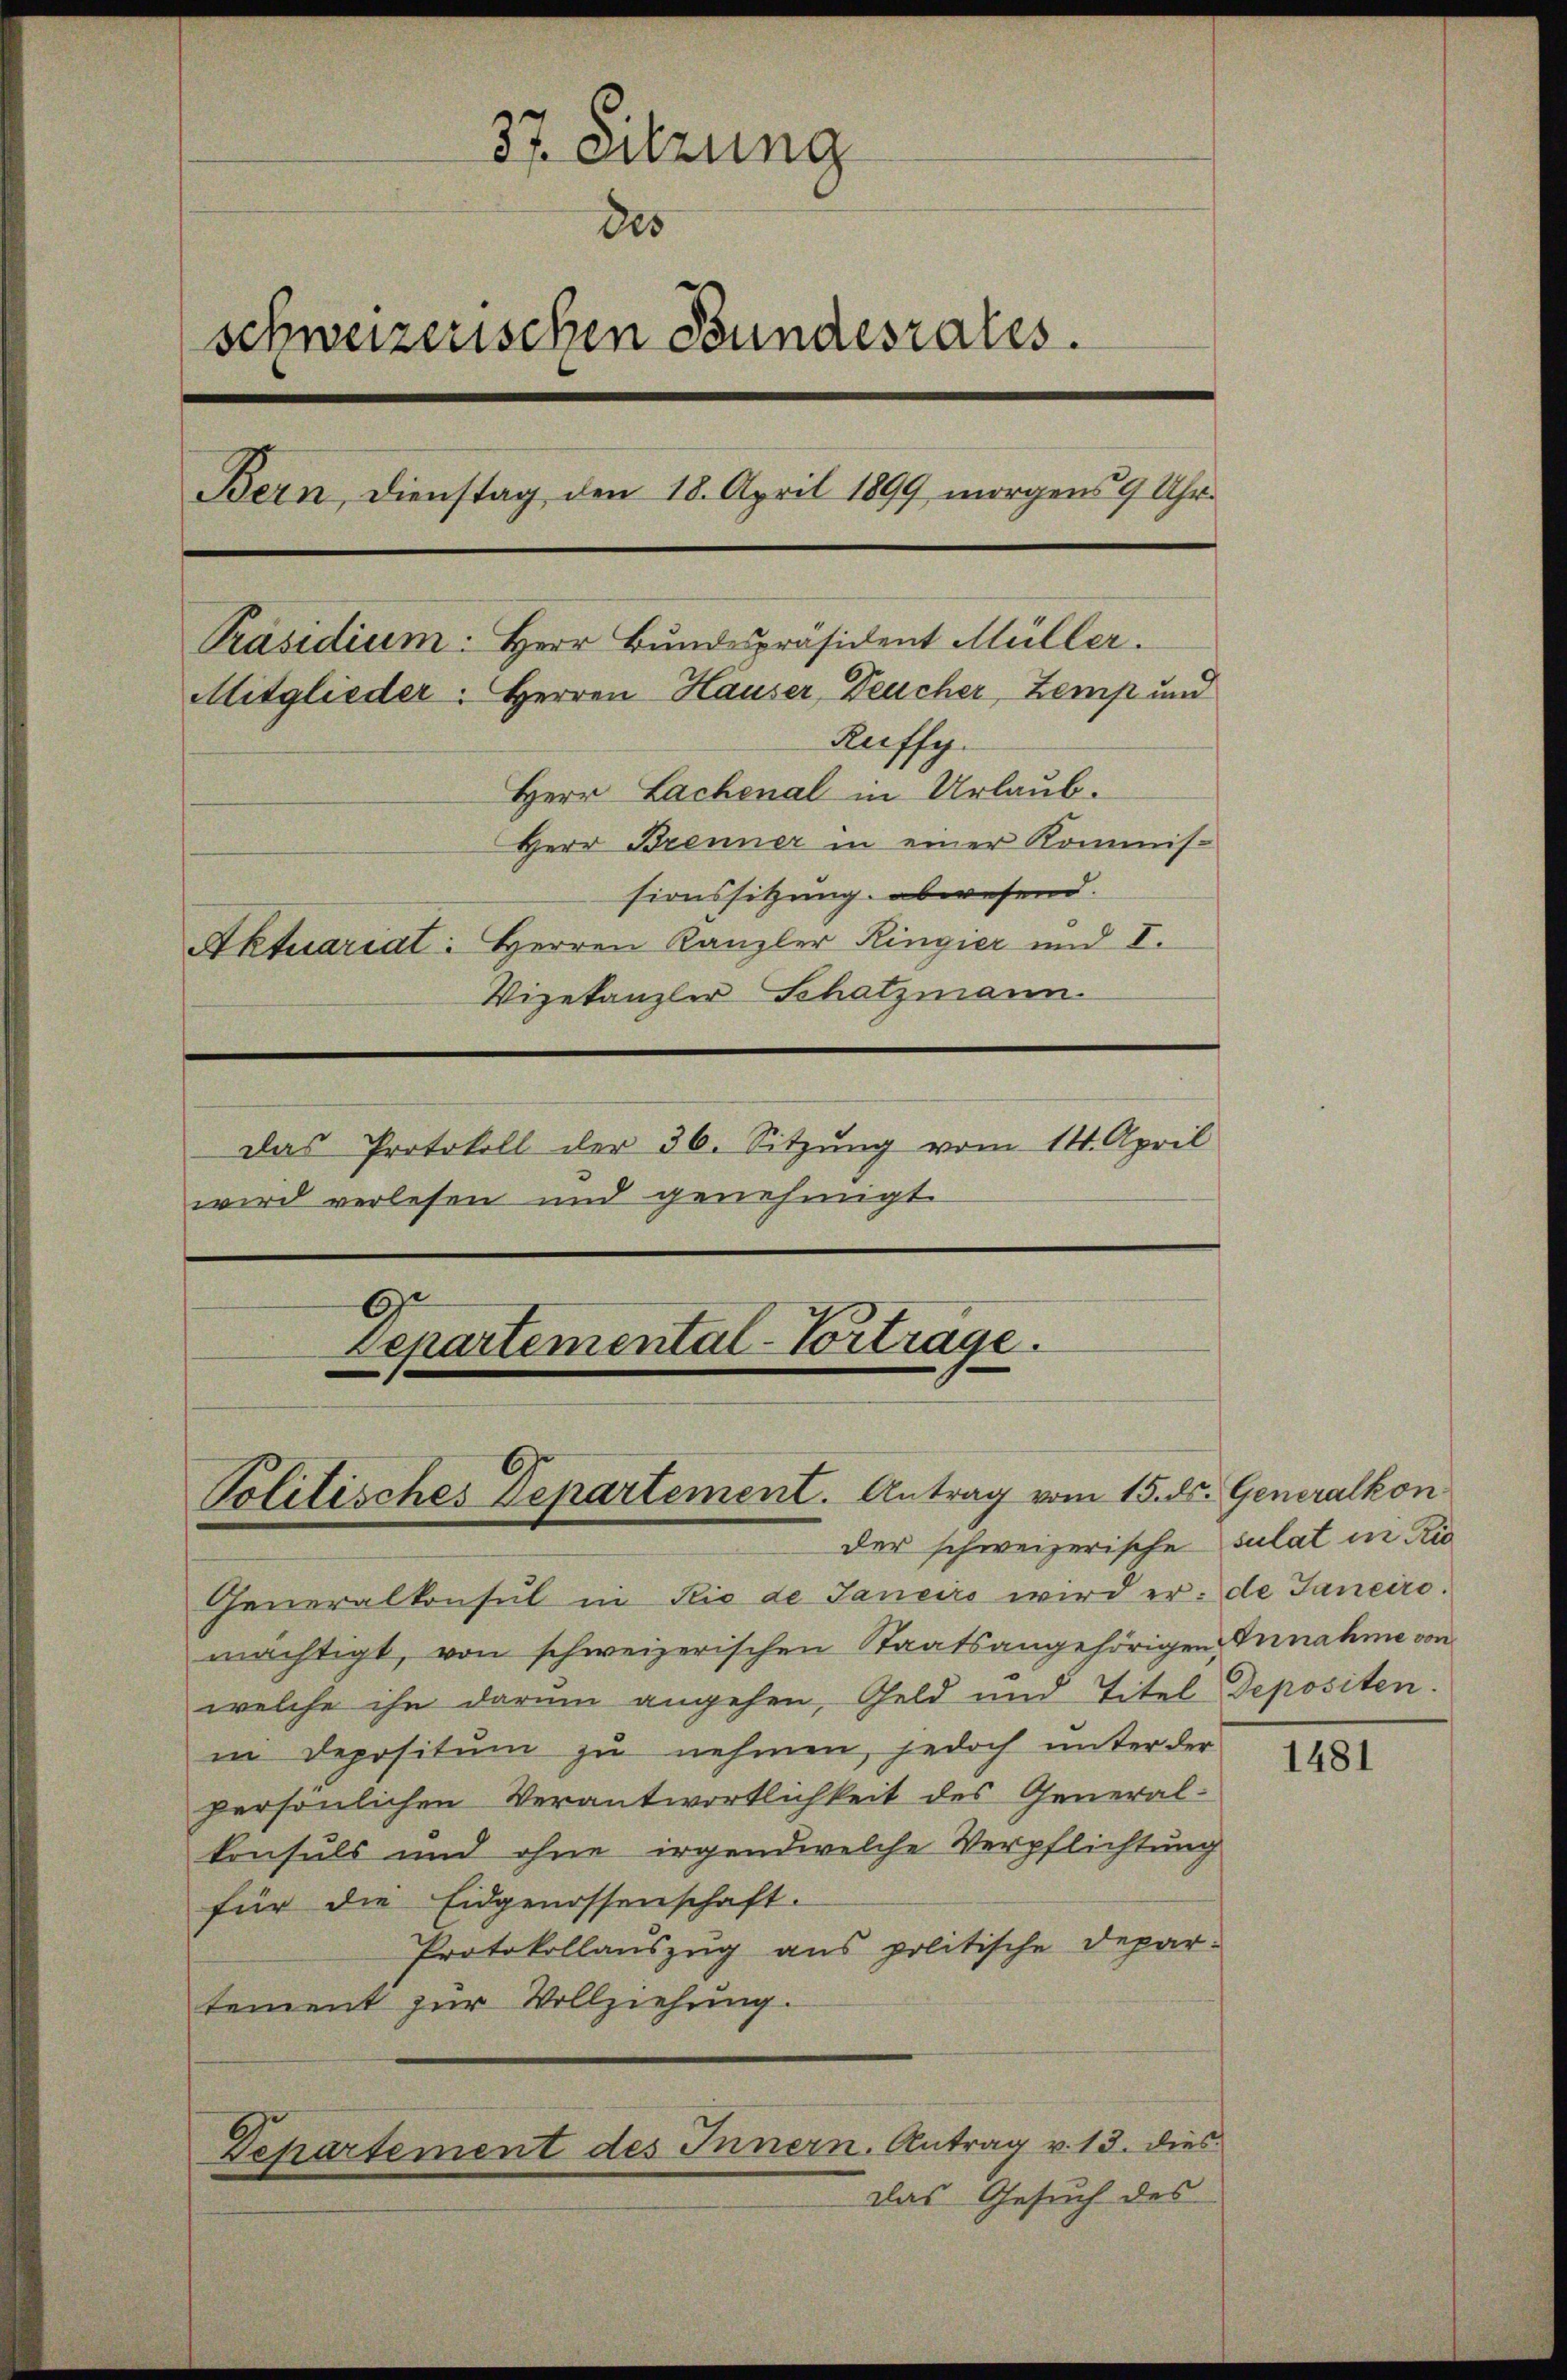
37. Sitzung
des
schweizerischen Bundesrates.
Bern, Dienstag den 18. April 1899 morgens 9 Uhr-
Präsidium. Herr Bundespräsident Müller.
Mitglieder. Herren Hauser, Deucher, Zemp und
Ruffy.
Herr Lachenal in Urlaub.
Herr Brenner in einer Kommis-
sionssitzung abwesend.
Aktuariat: Herren Kanzler Ringier und I.
Vizekanzler Schatzmann.
Das Protokoll der 36. Sitzung vom 14. April
wird verlesen und genehmigt.

der schweizerische sulat in Rie
Generalkonsul in Rio de Janeiro wird er de Janeiro.
mächtigt, von schweizerischen Staatsangehörigen Annahme von
welche ihn darum angehen, Geld und Titel Depositen.
in Depositum zu nehmen, jedoch unter der
persönlichen Verantwortlichkeit des General-
konsuls und ohne irgendwelche Verpflichtung
für die Eidgenossenschaft.
Protokollauszug aus politische Depar-
tement zur Vollziehung.
Departement des Innern. Antrag v. 13. dies
Das Gesuch des

Departemental-Vortrage.

Politisches Departement. Antrag vom 15. ds. Generalkon

1481